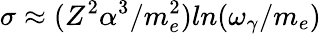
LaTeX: \sigma\approx(Z^{2}\alpha^{3}/m_{e}^{2})ln(\omega_{\gamma}/m_{e})